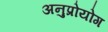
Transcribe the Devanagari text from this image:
अनुप्रोयोग